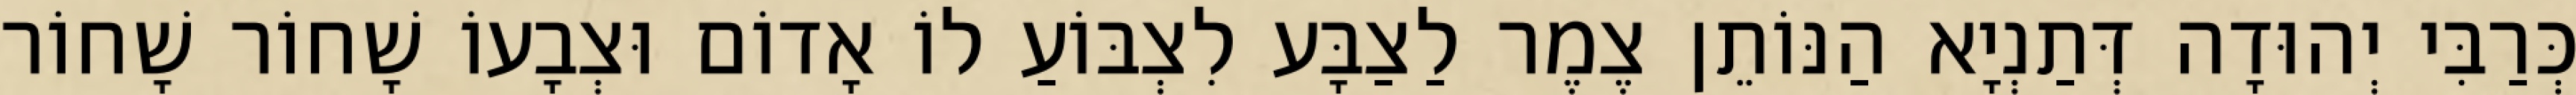
כְּרַבִּי יְהוּדָה דְּתַנְיָא הַנּוֹתֵן צֶמֶר לַצַבָּע לִצְבּוֹעַ לוֹ אָדוֹם וּצְבָעוֹ שָׁחוֹר שָׁחוֹר